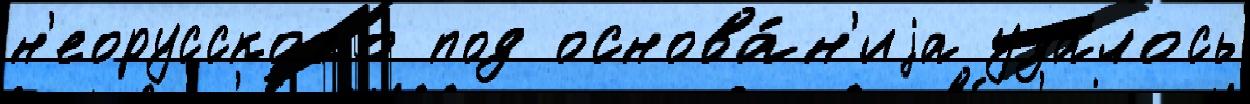
н'еорусского под основа́н'иjа удалось